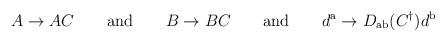
LaTeX: \begin{align*}A \rightarrow AC\qquad{\mathrm{and}}\qquad B \rightarrow BC\qquad{\mathrm{and}}\qquad d^{\mathrm{a}} \rightarrow D_{\mathrm{ab}}(C^\dagger) d^{\mathrm{b}}\end{align*}